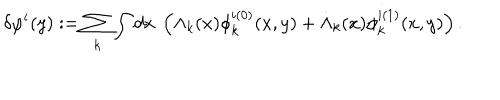
LaTeX: \delta \varphi ^ { i } ( y ) : = \sum _ { k } \int d x \ \left( \Lambda _ { k } ( x ) \phi _ { k } ^ { i ( 0 ) } ( x , y ) + \dot { \Lambda } _ { k } ( x ) \phi _ { k } ^ { i ( 1 ) } ( x , y ) \right) .